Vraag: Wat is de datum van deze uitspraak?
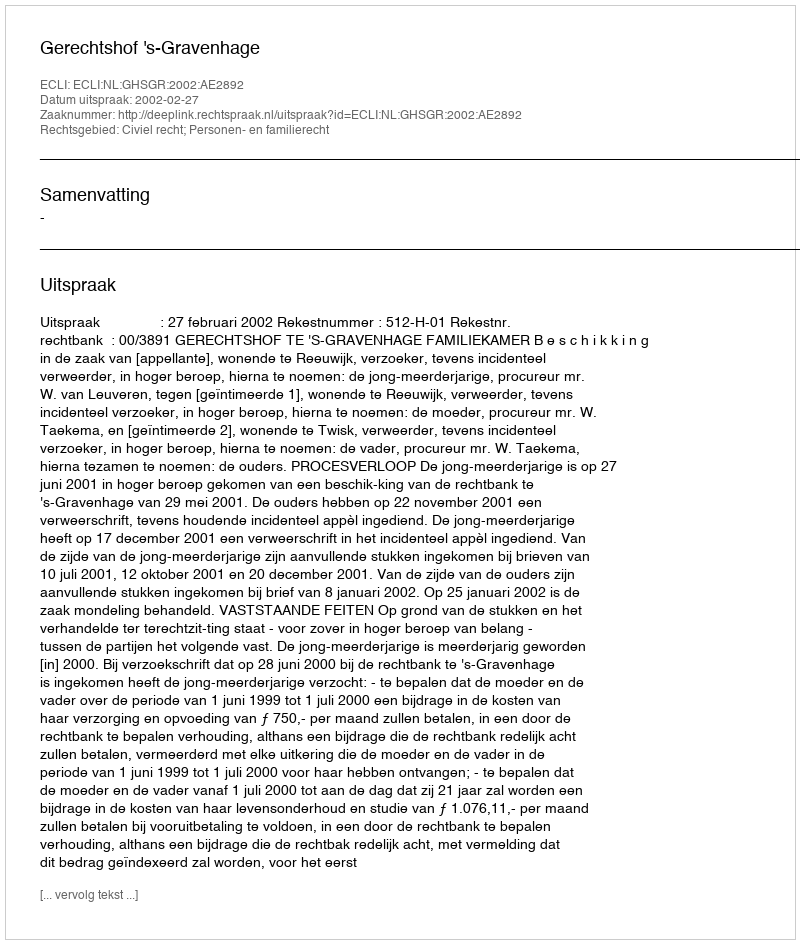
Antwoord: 2002-02-27